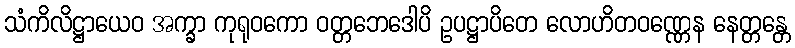
သံကိလိဋ္ဌာယေဝ အက္ခာ ကုရုဝကော ဝတ္တဘေဒေါပိ ဥပဋ္ဌာပိတေ လောဟိတဝဏ္ဏေန နေတ္တန္တေ